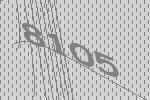
8105